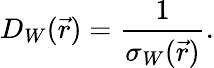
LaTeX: D_{W}(\vec{r})=\frac{1}{\sigma_{W}(\vec{r})}.